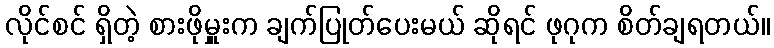
လိုင်စင် ရှိတဲ့ စားဖိုမှူးက ချက်ပြုတ်ပေးမယ် ဆိုရင် ဖုဂုက စိတ်ချရတယ်။